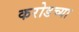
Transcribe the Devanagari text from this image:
करोडच्या